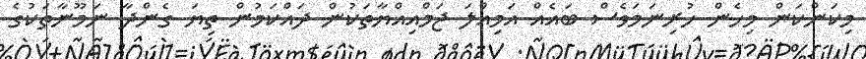
މިކަންކަން މިހެން ހުރިނަމަވެސް ބައެއް އަމިއްލަ ޖަމްއިއްޔާތަކުން ދައްކަމުން ތިޔަ ގެންދާ ނަމޫނާތަކުގެ